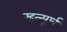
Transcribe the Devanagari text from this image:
म्हत्न्पूर्ण